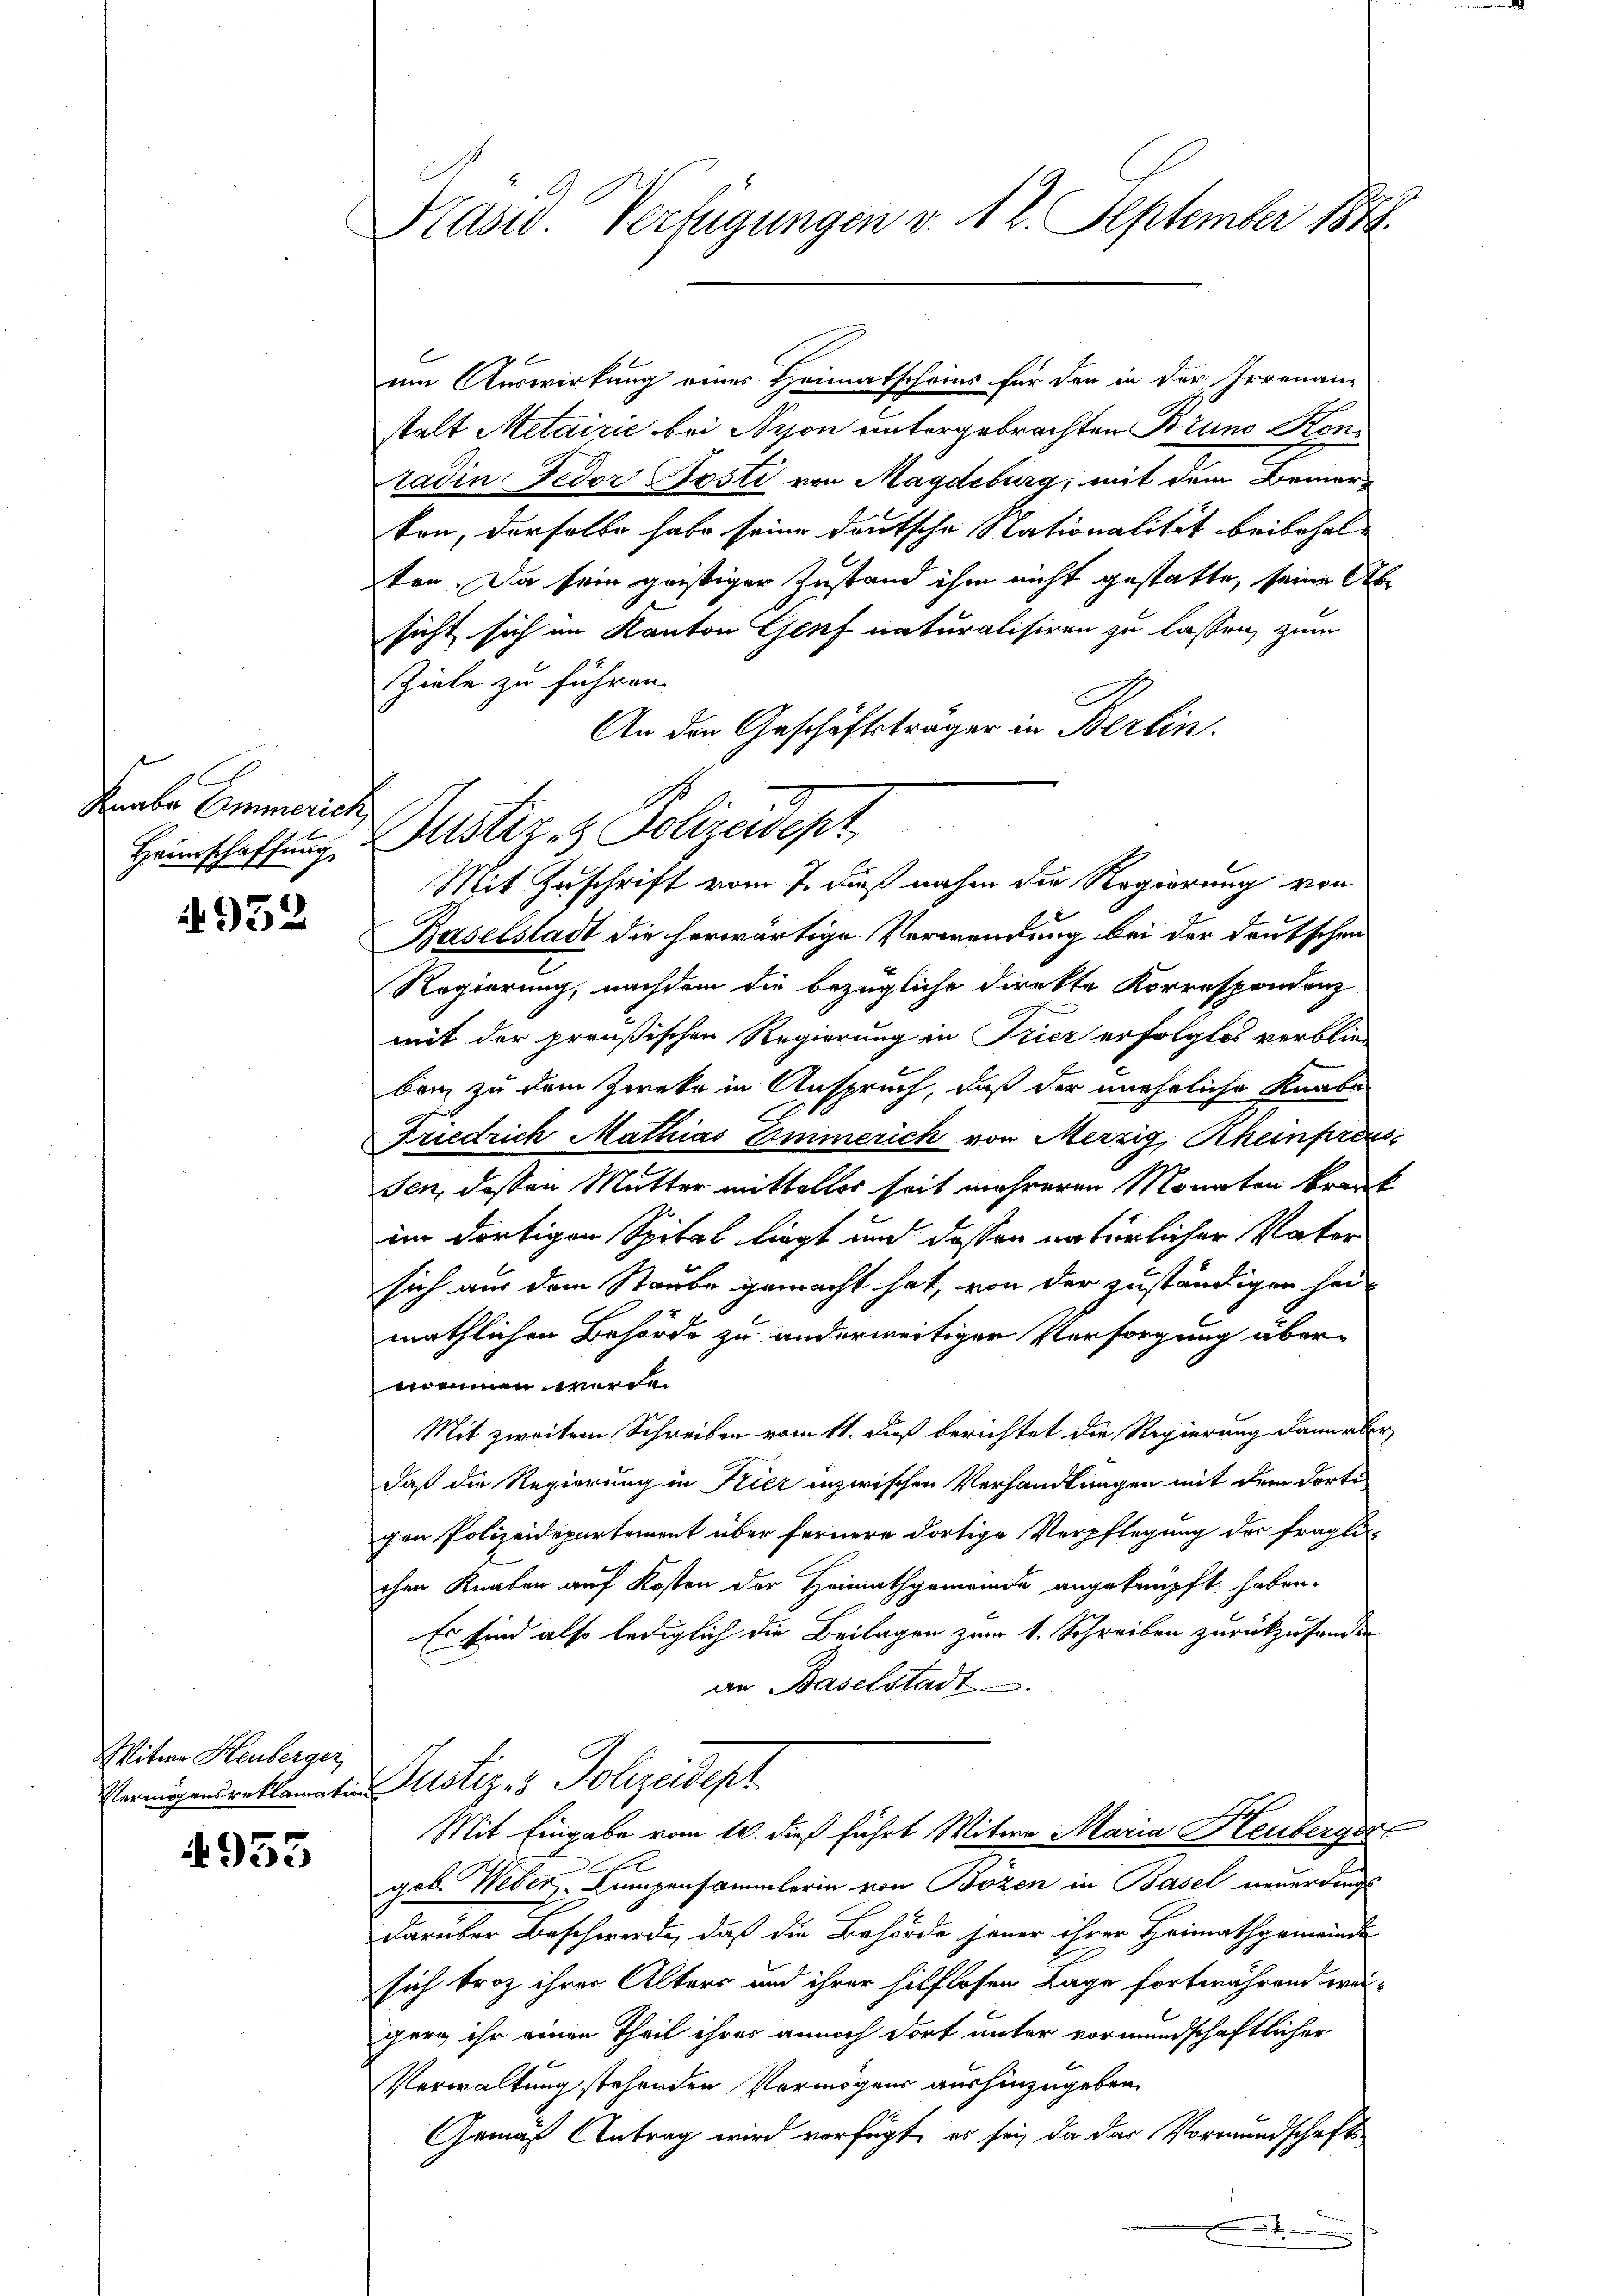
Knabe Eimmerich,
Heimschaffung

932

Miter Heuberger,
Vermögensreklamation

4955

Präsid. Verfügungen v. 12. September 1848

um Auswirkung eines Heimatscheins für den in der Irrenan-
stalt Metairić bei Nyon untergebrachten Bruno Konradin Fedor Posti von Magdeburg, mit dem Brennen
von, derselbe habe seine deutsche Nationalität beibehal-
ten. Da sein geistiger Zustand ihm nicht gestatte, seine Absicht sich im Kanton Genf naturalisiren zu lassen, zum
Ziele zu führen.
An den Geschäftsträger in Berlin.
Baselstadt die herwärtige Verwendung bei der deutschen
Regierung, nachdem die bezügliche Direkte Korrespondenz
mit der preußischen Regierung in Tricz erfolglos verblie
ban zu dem Zweke in Anspruch, daß der uneheliche Knabe
2
Friedrich Mathias Emmerich von Merzig, Rheinpreus
sen, deßen Mutter mittelter seit mehreren Monaten brauck
im dortigen Spital liegt und dassen natürlicher Vater
sich aus dem Staube gemacht hat, von der zuständigen hei-
mäthlichen Behörde zu anderwärtigen Versorgung übernommen werde.
Mit zweitem Schreiben vom 11. daß berichtet die Regierung dann aber
daß die Regierung in Klier inzwischen Verhandlungen mit dem dorti
gen Polizeidepartement über fernere dortige Verpflegung der fraglichen Knaben auf Kosten der Heimathgemeinde angeknüpft haben.
Es sind also lediglich die Beilagen zum 1. Schreiben zurückzusenden
an Baselstadt
Justiz- & Polizeidept
Mit Eingabe vom 10. dieß führt Witwe Maria Heuberger
xx
geb. Weber, Lumpensammlerin von Bozen in Basel neuerdings
darüber Beschwerde, daß die Behörde jener ihrer Heimathgemeinde
sich troz ihrer Alters und ihrer hilflosen Lage fortwährend weigern ihr einen Theil ihres annoch dort unter vormundschaftlicher
Verwaltung stehenden Vermögens aushinzugeben.
Gemäß Antrag wird verfügt, es sei, da das Vormundschafts-
.

Justiz- & Polizeidept
Mit Zuschrift vom 7. daß nahm die Regierung von